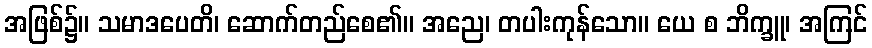
အဖြစ်၌။ သမာဒပေတိ၊ ဆောက်တည်စေ၏။ အညေ၊ တပါးကုန်သော။ ယေ စ ဘိက္ခူ၊ အကြင်